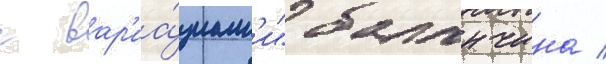
с вар'иа́циам'и" баланчина /